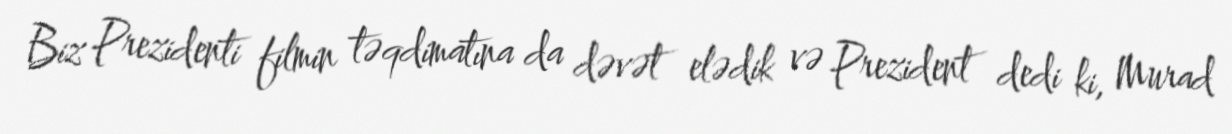
Biz Prezidenti filmin təqdimatına da dəvət elədik və Prezident dedi ki, Murad